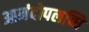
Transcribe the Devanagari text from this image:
आनंदोपलब्धि